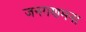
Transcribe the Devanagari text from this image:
जनगणमना